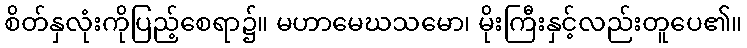
စိတ်နှလုံးကိုပြည့်စေရာ၌။ မဟာမေဃသမော၊ မိုးကြီးနှင့်လည်းတူပေ၏။